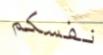
نفسكم